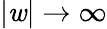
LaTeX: |\mathit{w}|\to\infty